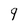
Character: 9